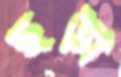
ছড়া